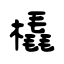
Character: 橇